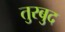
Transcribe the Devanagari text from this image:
तुरबुद